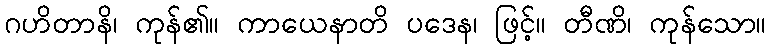
ဂဟိတာနိ၊ ကုန်၏။ ကာယေနာတိ ပဒေန၊ ဖြင့်။ တီဏိ၊ ကုန်သော။